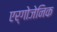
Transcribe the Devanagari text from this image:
एर्गोजेनिक